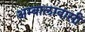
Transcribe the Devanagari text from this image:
अम्बालावासी